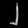
Digit: ၂